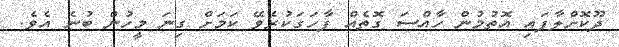
ދޫކޮށްލާފައި އޮތުމުން ހާއްސަ ގޮތެއް ފާހަގަކުރެވޭ ކަމަށް ގިނަ މީހުން ބުނެ އެވެ.